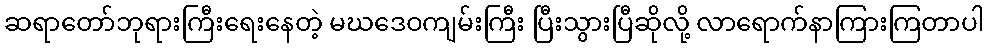
ဆရာတော်ဘုရားကြီးရေးနေတဲ့ မဃဒေဝကျမ်းကြီး ပြီးသွားပြီဆိုလို့ လာရောက်နာကြားကြတာပါ